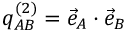
q _ { A B } ^ { ( 2 ) } = { \vec { e } } _ { A } \cdot { \vec { e } } _ { B }